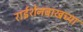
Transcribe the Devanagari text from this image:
राईशेनबाखच्या